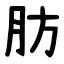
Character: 肪